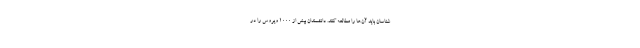
شناسان باید آن‌ها را مطالعه کنند. دانشمندان بیش از ۱۰۰۰ ویروس را در